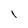
Character: l